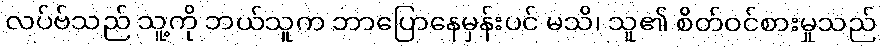
လပ်ဗ်သည် သူ့ကို ဘယ်သူက ဘာပြောနေမှန်းပင် မသိ၊ သူ၏ စိတ်ဝင်စားမှုသည်